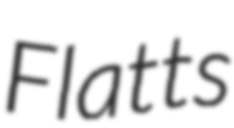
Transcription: Flatts